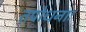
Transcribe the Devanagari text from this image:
तपोधनाः